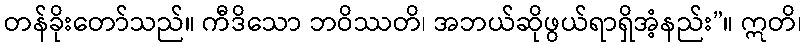
တန်ခိုးတော်သည်။ ကီဒိသော ဘဝိဿတိ၊ အဘယ်ဆိုဖွယ်ရာရှိအံ့နည်း”။ ဣတိ၊